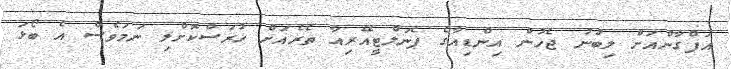
އަފްގާންއަށް ލިބުނު ޖެހުން އިންޑިއާގެ ޕެނަލްޓީއޭރިއާ ތެރެއަށް ހުރަސްކޮށްލި ނަމަވެސް އެ ބޯޅަ